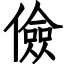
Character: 儉